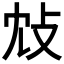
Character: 𢻼